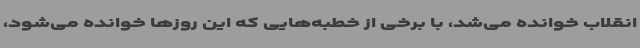
انقلاب خوانده می‌شد، با برخی از خطبه‌هایی که این روزها خوانده می‌شود،